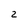
Character: 2